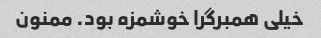
خیلی همبرگرا خوشمزه بود. ممنون